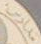
مدارس